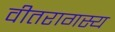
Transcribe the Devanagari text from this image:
वीतरागस्य